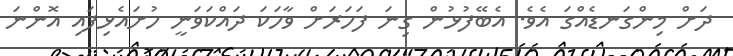
ދަށް މިންގަނޑެއްގަ އެވެ. އެބޭފުޅުން ގިނަ ފަހަރަށް ވާހަކަ ދައްކަވަނީ ހުށައެޅިފައި އޮންނަ